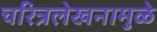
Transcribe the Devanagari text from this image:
चरित्रलेखनामुळे